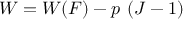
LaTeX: W = W ( { \boldsymbol { F } } ) - p ~ ( J - 1 )